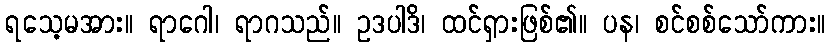
ရသေ့မအား။ ရာဂေါ၊ ရာဂသည်။ ဥဒပါဒိ၊ ထင်ရှားဖြစ်၏။ ပန၊ စင်စစ်သော်ကား။